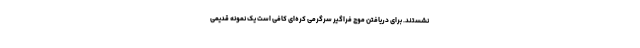
‌نشستند. برای دریافتن موج فراگیر سرگرمی کره‌ای کافی است یک نمونه قدیمی